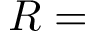
R =